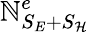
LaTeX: \mathbb{N}_{S_{E}+S_{\mathcal{H}}}^{e}